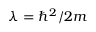
\lambda = \hbar ^ { 2 } / 2 m